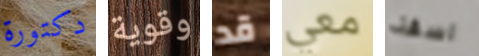
دكتورة وقوية قد معي اسفة